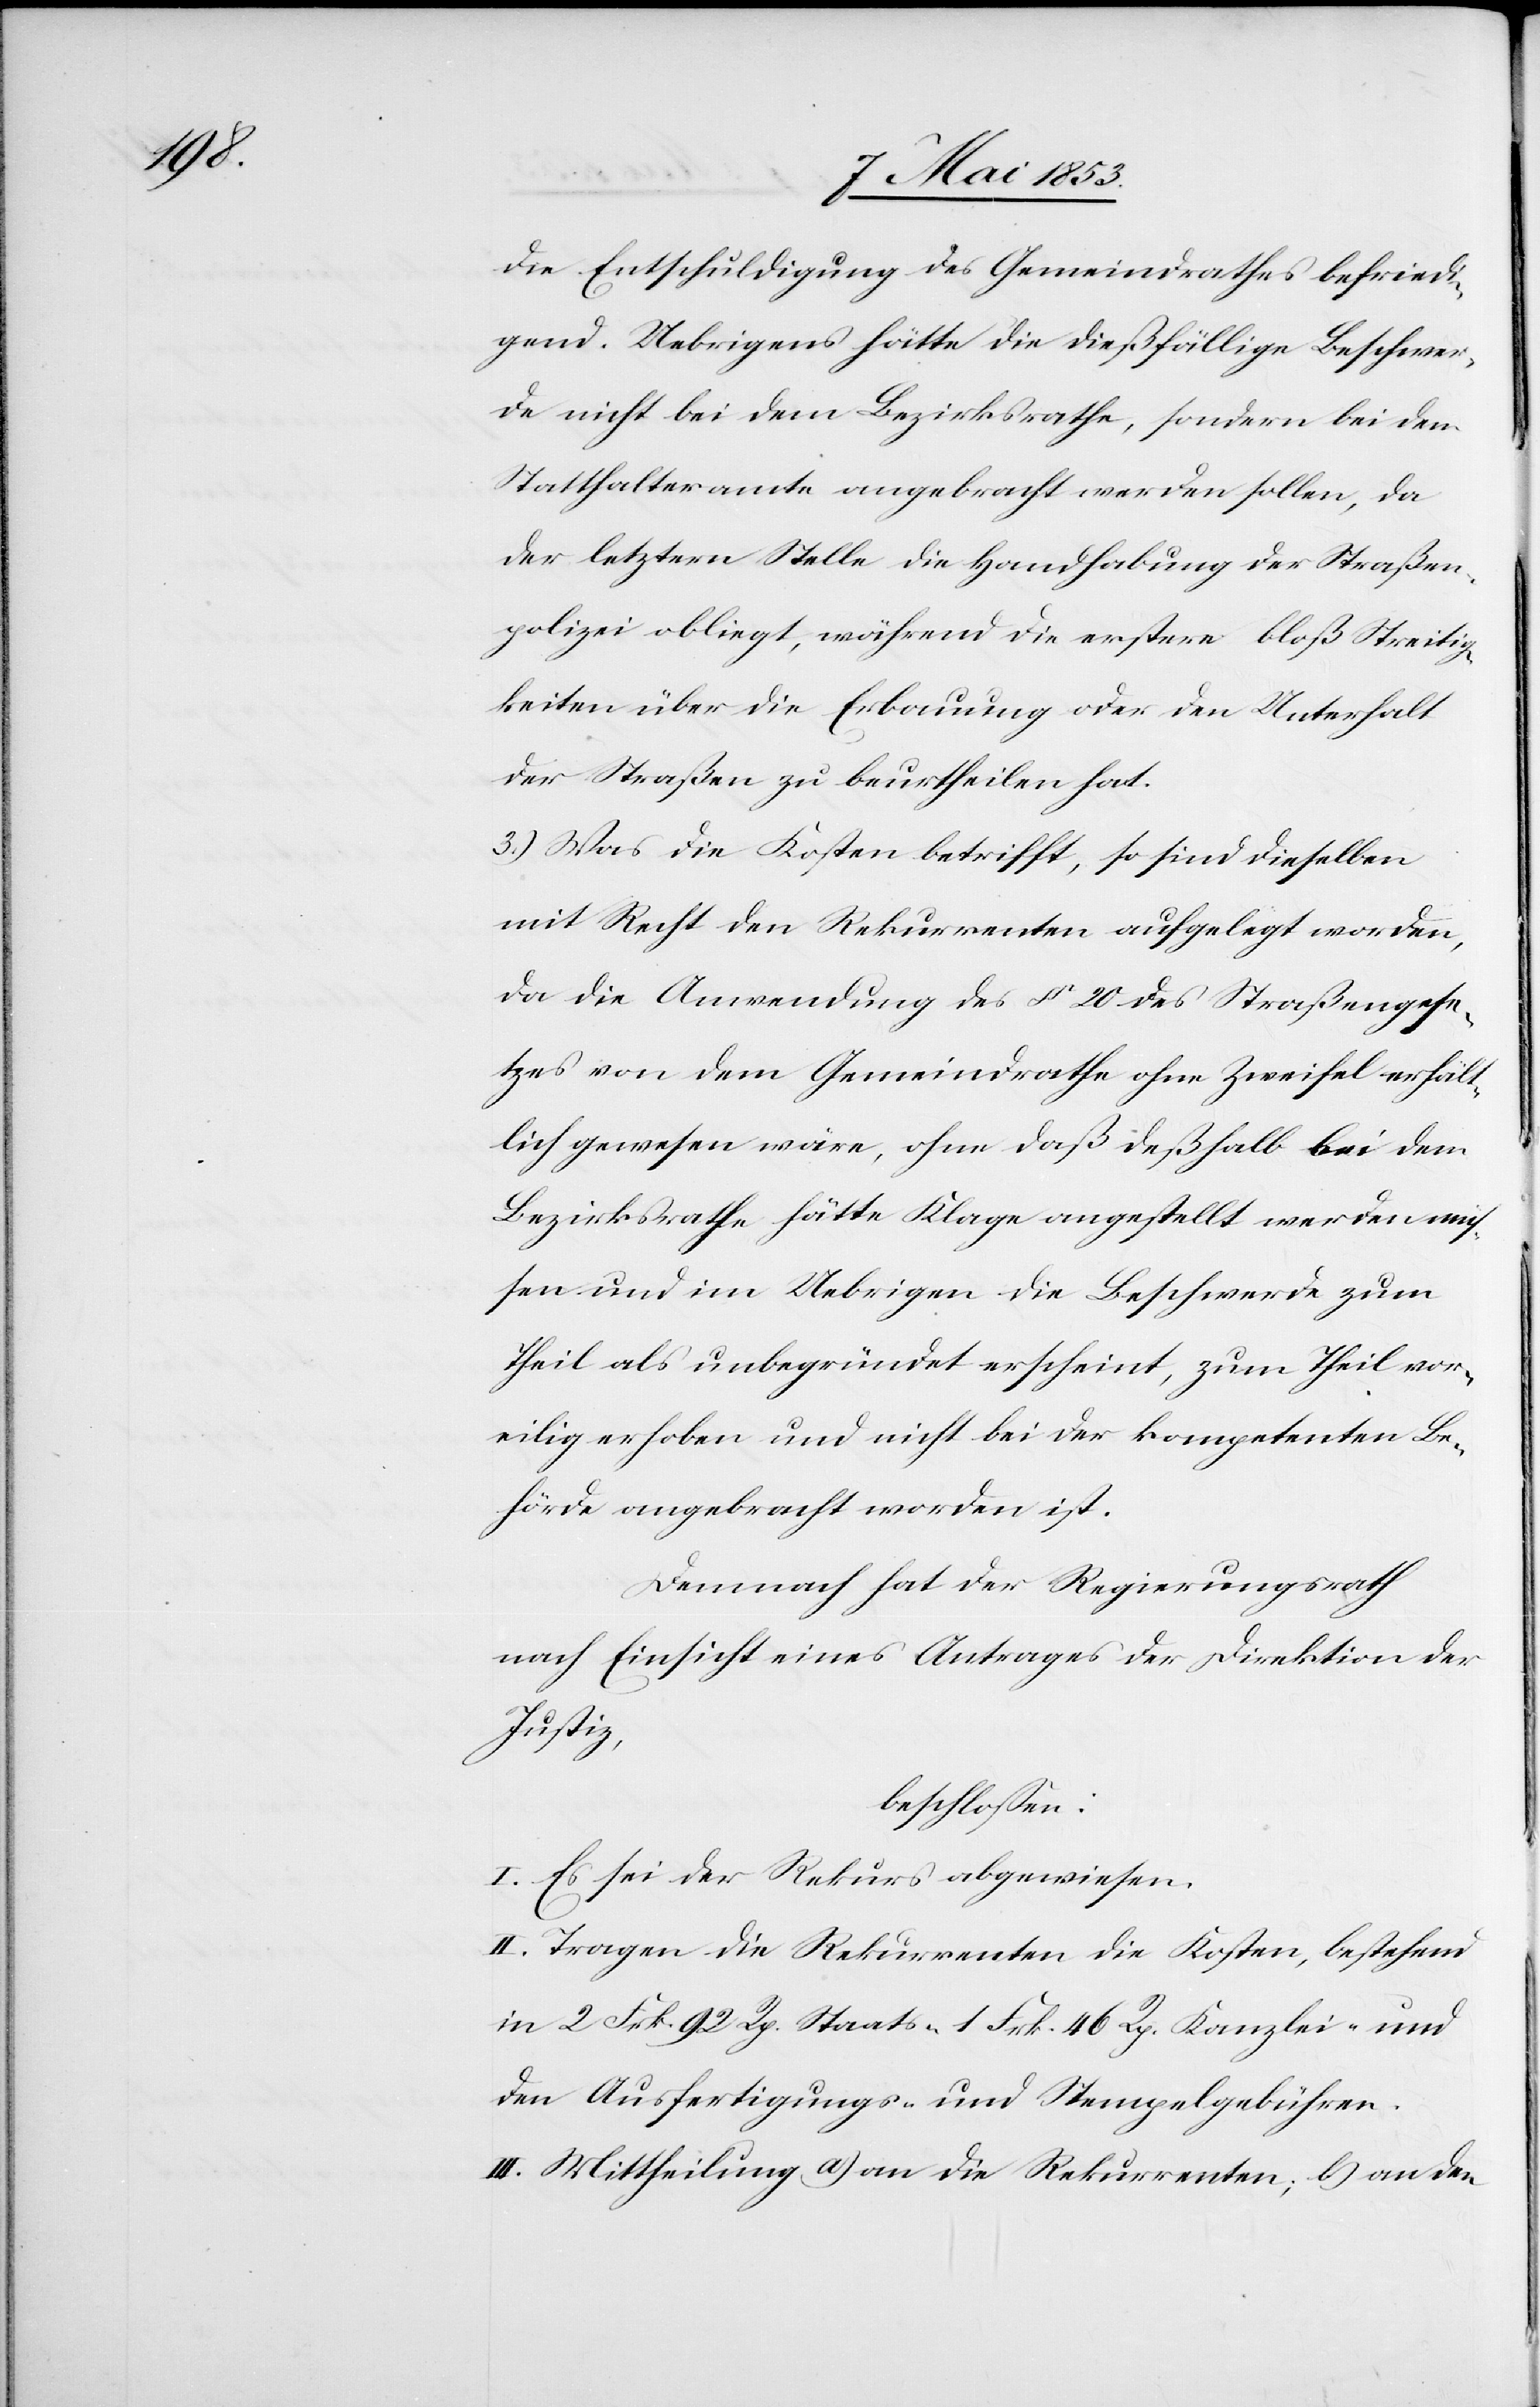
die Entschuldigung des Gemeindrathes befriedi¬
gend. Uebrigens hätte die dießfällige Beschwer¬
de nicht bei dem Bezirksrathe, sondern bei dem
Statthalteramte angebracht werden sollen, da
der letztern Stelle die Handhabung der Straßen¬
polizei obliegt, während die erstere bloß Streitig¬
keiten über die Erbauung oder den Unterhalt
der Straßen zu beurtheilen hat.
3.) Was die Kosten betrifft, so sind dieselben
mit Recht den Rekurrenten aufgelegt worden,
da die Anwendung des § 20 des Straßengese¬
tzes von dem Gemeindrathe ohne Zweifel erhält¬
lich gewesen wäre, ohne daß deßhalb bei dem
Bezirksrathe hätte Klage angestellt werden mü¬
ßen und im Uebrigen die Beschwerde zum
theil als unbegründet erscheint, zum Theil vor¬
eilig erhoben und nicht bei der kompetenten Be¬
hörde angebracht worden ist.
Demnach hat der Regierungsrath
nach Einsicht eines Antrages der Direktion der
Justiz,
beschloßen:
I. Es sei der Rekurs abgewiesen.
II. Tragen die Rekurrenten die Kosten, bestehend
in 2 Frk 92 Rp. Staats- 1 Frk. 46 Rp. Kanzlei- und
den Ausfertigungs- u. Stempelgebühren.
III. Mittheilung a) an die Rekurrenten, b) an den